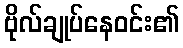
ဗိုလ်ချုပ်နေဝင်း၏